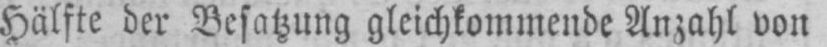
Hälfte der Besatzung gleichkommende Anzahl von